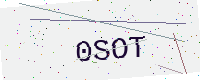
Text: 0SOT